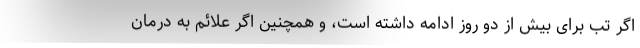
اگر تب برای بیش از دو روز ادامه داشته است، و همچنین اگر علائم به درمان